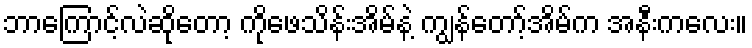
ဘာကြောင့်လဲဆိုတော့ ကိုဖေသိန်းအိမ်နဲ့ ကျွန်တော့်အိမ်က အနီးကလေး။